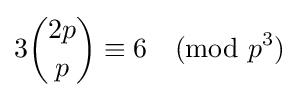
3{2p \choose p}\equiv 6{\pmod {p^{3}}}